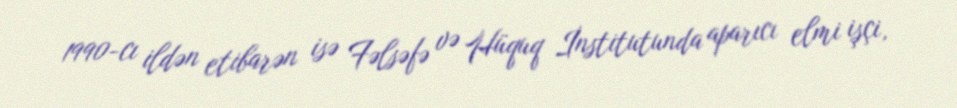
1990-cı ildən etibarən isə Fəlsəfə və Hüquq İnstitutunda aparıcı elmi işçi,